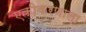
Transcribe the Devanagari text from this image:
एकीकरणाला